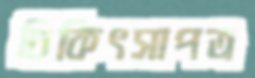
চিকিৎসাপত্র